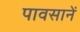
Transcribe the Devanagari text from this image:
पावसानें